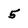
Character: 5